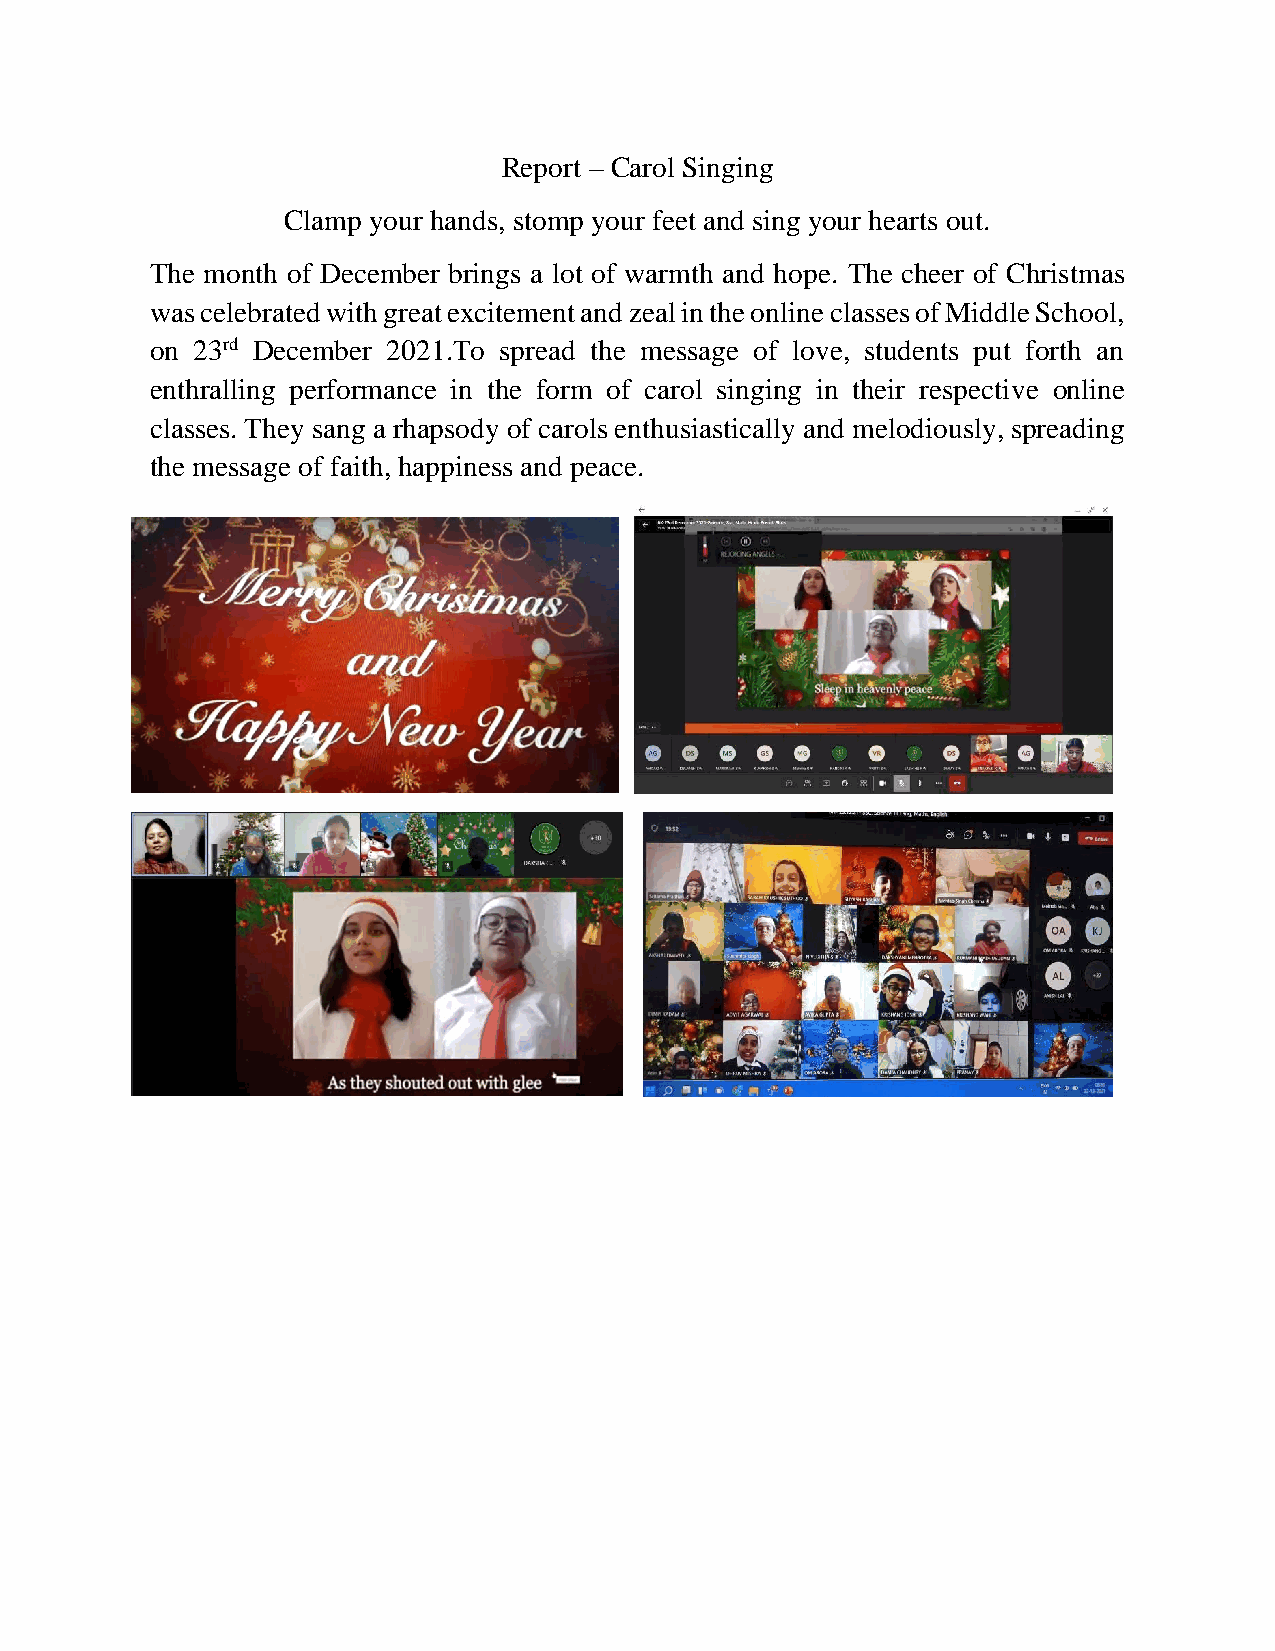
Report – Carol Singing
 Clamp your hands, stomp your feet and sing your hearts out.
 The month of December brings a lot of warmth and hope. The cheer of Christmas
 was celebrated with great excitement and zeal in the online classes of Middle School,
 on 23rd December 2021.To spread the message of love, students put forth an
 enthralling performance in the form of carol singing in their respective online
 classes. They sang a rhapsody of carols enthusiastically and melodiously, spreading
 the message of faith, happiness and peace.